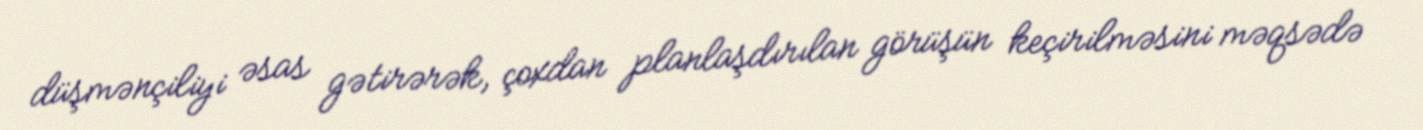
düşmənçiliyi əsas gətirərək, çoxdan planlaşdırılan görüşün keçirilməsini məqsədə